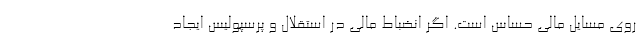
روی مسایل مالی حساس است. اگر انضباط مالی در استقلال و پرسپولیس ایجاد